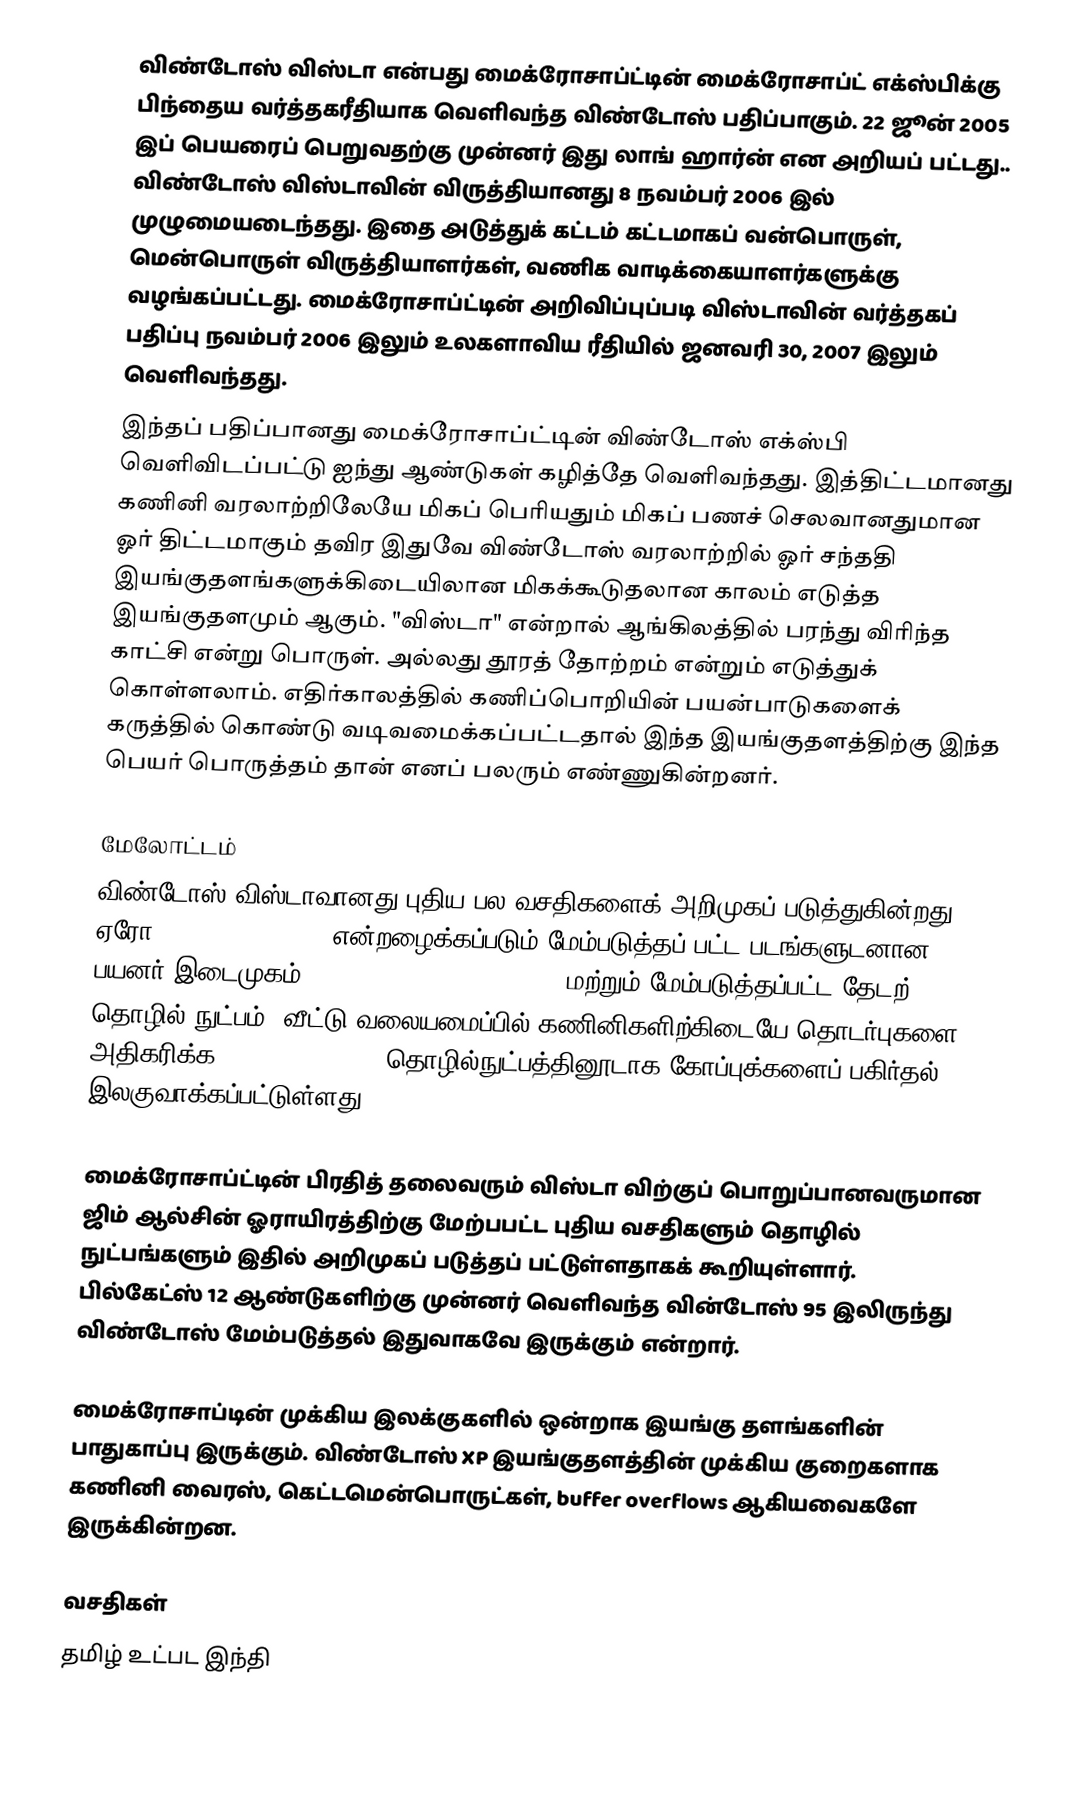
விண்டோஸ் விஸ்டா என்பது மைக்ரோசாப்ட்டின் மைக்ரோசாப்ட் எக்ஸ்பிக்கு பிந்தைய வர்த்தகரீதியாக வெளிவந்த விண்டோஸ் பதிப்பாகும். 22 ஜூன் 2005 இப் பெயரைப் பெறுவதற்கு முன்னர் இது லாங் ஹார்ன் என அறியப் பட்டது.. விண்டோஸ் விஸ்டாவின் விருத்தியானது 8 நவம்பர் 2006 இல் முழுமையடைந்தது. இதை அடுத்துக் கட்டம் கட்டமாகப் வன்பொருள், மென்பொருள் விருத்தியாளர்கள், வணிக வாடிக்கையாளர்களுக்கு வழங்கப்பட்டது.   மைக்ரோசாப்ட்டின் அறிவிப்புப்படி விஸ்டாவின் வர்த்தகப் பதிப்பு நவம்பர் 2006 இலும் உலகளாவிய ரீதியில் ஜனவரி 30, 2007 இலும் வெளிவந்தது.
இந்தப் பதிப்பானது மைக்ரோசாப்ட்டின் விண்டோஸ் எக்ஸ்பி வெளிவிடப்பட்டு ஐந்து ஆண்டுகள் கழித்தே வெளிவந்தது. இத்திட்டமானது கணினி வரலாற்றிலேயே மிகப் பெரியதும் மிகப் பணச் செலவானதுமான ஓர் திட்டமாகும் தவிர இதுவே விண்டோஸ் வரலாற்றில் ஓர் சந்ததி இயங்குதளங்களுக்கிடையிலான மிகக்கூடுதலான காலம் எடுத்த இயங்குதளமும் ஆகும்.  "விஸ்டா" என்றால் ஆங்கிலத்தில் பரந்து விரிந்த காட்சி என்று பொருள். அல்லது தூரத் தோற்றம் என்றும் எடுத்துக் கொள்ளலாம். எதிர்காலத்தில் கணிப்பொறியின் பயன்பாடுகளைக் கருத்தில் கொண்டு வடிவமைக்கப்பட்டதால் இந்த இயங்குதளத்திற்கு இந்த பெயர் பொருத்தம் தான் எனப் பலரும் எண்ணுகின்றனர்.

மேலோட்டம்
விண்டோஸ் விஸ்டாவானது புதிய பல வசதிகளைக் அறிமுகப் படுத்துகின்றது. ஏரோ(:en:Windows Aero) என்றழைக்கப்படும் மேம்படுத்தப் பட்ட படங்களுடனான பயனர் இடைமுகம் (Graphical user interface) மற்றும் மேம்படுத்தப்பட்ட தேடற் தொழில் நுட்பம், வீட்டு வலையமைப்பில் கணினிகளிற்கிடையே தொடர்புகளை அதிகரிக்க :en:Peer-to-peer தொழில்நுட்பத்தினூடாக கோப்புக்களைப் பகிர்தல் இலகுவாக்கப்பட்டுள்ளது.

மைக்ரோசாப்ட்டின் பிரதித் தலைவரும் விஸ்டா விற்குப் பொறுப்பானவருமான ஜிம் ஆல்சின் ஓராயிரத்திற்கு மேற்பபட்ட புதிய வசதிகளும் தொழில் நுட்பங்களும் இதில் அறிமுகப் படுத்தப் பட்டுள்ளதாகக் கூறியுள்ளார். பில்கேட்ஸ் 12 ஆண்டுகளிற்கு முன்னர் வெளிவந்த வின்டோஸ் 95 இலிருந்து விண்டோஸ் மேம்படுத்தல் இதுவாகவே இருக்கும் என்றார்.

மைக்ரோசாப்டின் முக்கிய இலக்குகளில் ஒன்றாக இயங்கு தளங்களின் பாதுகாப்பு இருக்கும். விண்டோஸ் XP இயங்குதளத்தின் முக்கிய குறைகளாக கணினி வைரஸ், கெட்டமென்பொருட்கள், buffer overflows ஆகியவைகளே இருக்கின்றன.

வசதிகள்
தமிழ் உட்பட இந்தி